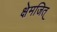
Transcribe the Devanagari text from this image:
क्षेमजित्